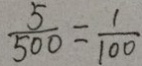
\frac { 5 } { 5 0 0 } = \frac { 1 } { 1 0 0 }